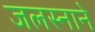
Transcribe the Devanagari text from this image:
जलस्नाने